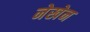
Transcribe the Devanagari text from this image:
नेखेन